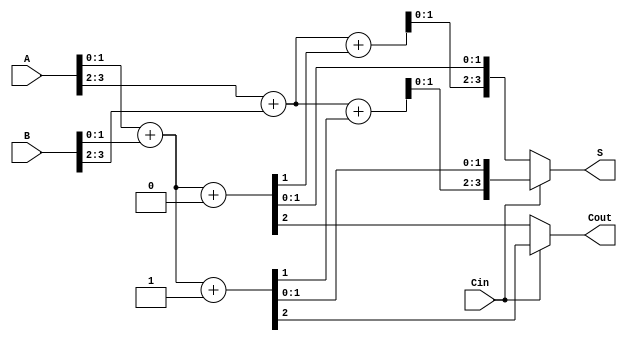
module DynamicCarrySelectAdder (
    input [3:0] A,      // 4-bit input A
    input [3:0] B,      // 4-bit input B
    input Cin,          // Carry-in
    output [3:0] S,     // 4-bit Sum output
    output Cout         // Carry-out
);
    wire [3:0] S0, S1;  // Sum outputs for Cin = 0 and Cin = 1
    wire C0, C1;        // Carry outputs for Cin = 0 and Cin = 1

    // First segment (LSB)
    assign {C0, S0[1:0]} = A[1:0] + B[1:0] + 2'b00; // Cin = 0
    assign {C1, S1[1:0]} = A[1:0] + B[1:0] + 2'b01; // Cin = 1

    // Second segment
    assign {C0, S0[3:2]} = A[3:2] + B[3:2] + {1'b0, S0[1]}; // Cin = 0
    assign {C1, S1[3:2]} = A[3:2] + B[3:2] + {1'b0, S1[1]}; // Cin = 1

    // Carry Selection Logic
    assign S = Cin ? S1 : S0; // Select sum based on Cin
    assign Cout = Cin ? C1 : C0; // Select carry-out based on Cin

endmodule